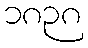
၁၈၃၈